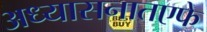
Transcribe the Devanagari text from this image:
अध्यासनातएफे